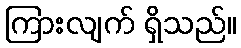
ကြားလျက် ရှိသည်။